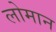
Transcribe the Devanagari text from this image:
लोमान